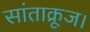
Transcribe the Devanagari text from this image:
सांताक्रूज।